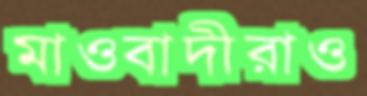
মাওবাদীরাও